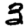
Digit: 3